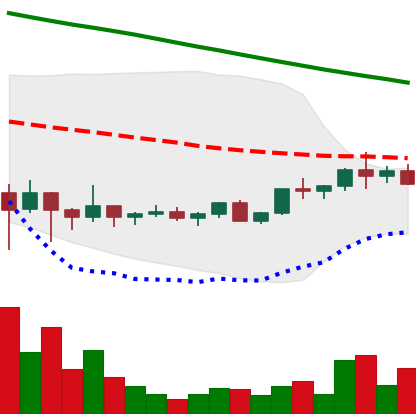
Ticker: ADA-USD
Chart end date: 2022-02-10
Forward return: -3.895%
Label: down_3_5